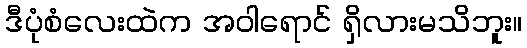
ဒီပုံစံလေးထဲက အဝါရောင် ရှိလားမသိဘူး။